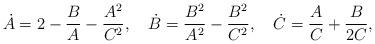
LaTeX: \begin{align*}\dot{A}=2-\frac{B}{A}-\frac{A^2}{C^2},\quad\dot{B}=\frac{B^2}{A^2}-\frac{B^2}{C^2},\quad\dot{C}=\frac{A}{C}+\frac{B}{2C},\end{align*}